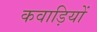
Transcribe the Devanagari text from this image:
कवाड़ियों